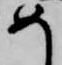
め